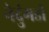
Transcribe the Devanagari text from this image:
नेदुंगडी